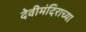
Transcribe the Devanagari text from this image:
देवीमंदिराच्या